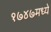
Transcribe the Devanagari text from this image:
१७४७मध्ये